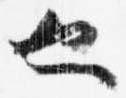
也